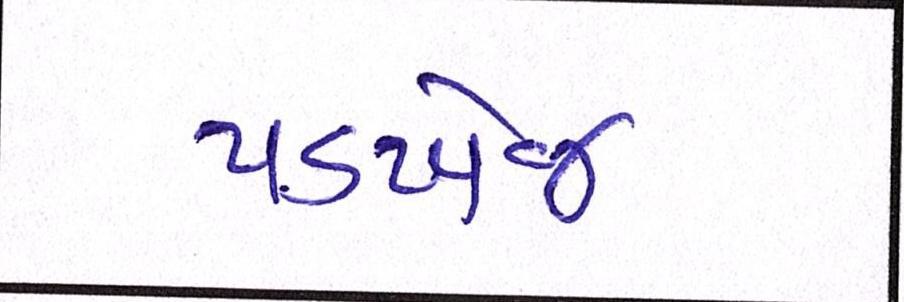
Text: પડખેજ